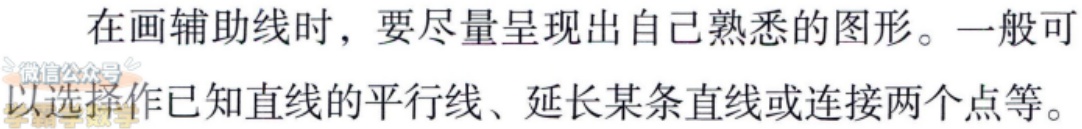
在画辅助线时，要尽量呈现出自己熟悉的图形。一般可以选择作已知直线的平行线、延长某条直线或连接两个点等。